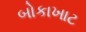
બોકાખાટ